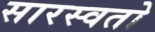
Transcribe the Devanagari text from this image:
सारस्वतो